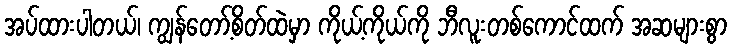
အပ်ထားပါတယ်၊ ကျွန်တော့်စိတ်ထဲမှာ ကိုယ့်ကိုယ်ကို ဘီလူးတစ်ကောင်ထက် အဆများစွာ